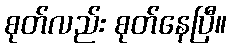
စုတ်လည်း စုတ်နေပြီ။